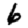
Digit: 6